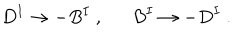
D ^ { I } \rightarrow - B ^ { I } \ , \ \ B ^ { I } \rightarrow - D ^ { I } \ .